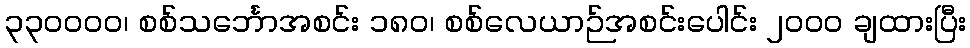
၃၃၀၀၀၀၊ စစ်သင်္ဘောအစင်း ၁၈၀၊ စစ်လေယာဉ်အစင်းပေါင်း ၂၀၀၀ ချထားပြီး